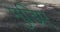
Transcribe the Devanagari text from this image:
मुडिए